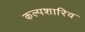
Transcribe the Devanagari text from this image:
कल्पशारिव